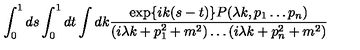
\int _ { 0 } ^ { 1 } d s \int _ { 0 } ^ { 1 } d t \int d k \frac { \exp \{ i k ( s - t ) \} P ( \lambda k , p _ { 1 } \ldots p _ { n } ) } { ( i \lambda k + p _ { 1 } ^ { 2 } + m ^ { 2 } ) \ldots ( i \lambda k + p _ { n } ^ { 2 } + m ^ { 2 } ) }